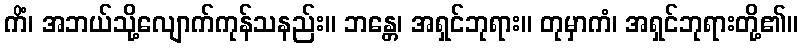
ကိံ၊ အဘယ်သို့လျောက်ကုန်သနည်း။ ဘန္တေ၊ အရှင်ဘုရား။ တုမှာကံ၊ အရှင်ဘုရားတို့၏။